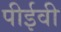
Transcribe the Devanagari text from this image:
पीईवी